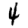
Digit: 4